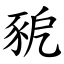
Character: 豟